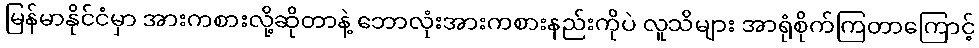
မြန်မာနိုင်ငံမှာ အားကစားလို့ဆိုတာနဲ့ ဘောလုံးအားကစားနည်းကိုပဲ လူသိများ အာရုံစိုက်ကြတာကြောင့်